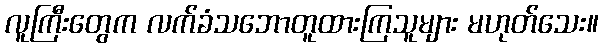
လူကြီးတွေက လက်ခံသဘောတူထားကြသူများ မဟုတ်သေး။